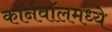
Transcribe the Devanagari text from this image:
कॉर्नवॉलमध्ये